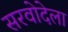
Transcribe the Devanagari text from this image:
सरवोदेला